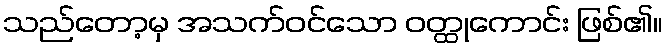
သည်တော့မှ အသက်ဝင်သော ဝတ္ထုကောင်း ဖြစ်၏။